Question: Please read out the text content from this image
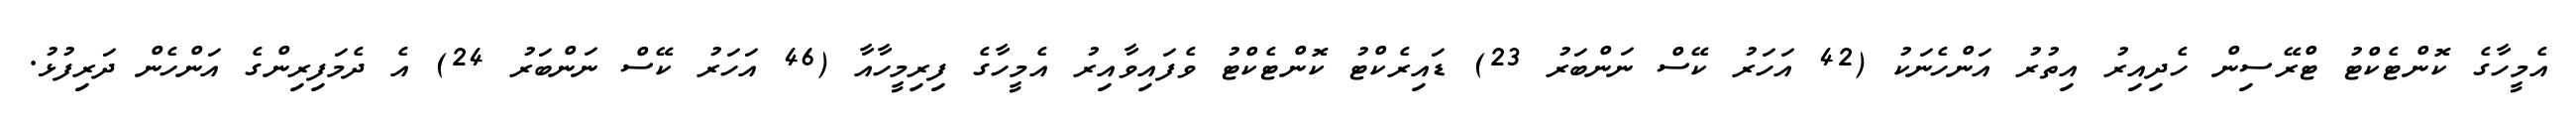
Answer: އެމީހާގެ ކޮންޓެކްޓު ޓްރޭސިން ހެދިއިރު އިތުރު އަންހެނަކު (42 އަހަރު ކޭސް ނަންބަރު 23) ޑައިރެކްޓު ކޮންޓެކްޓު ވެފައިވާއިރު އެމީހާގެ ފިރިމީހާއާ (46 އަހަރު ކޭސް ނަންބަރު 24) އެ ދެމަފިރިންގެ އަންހެން ދަރިފުޅު.